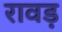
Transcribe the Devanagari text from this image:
रावड़